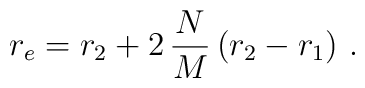
r_e = r_2 + 2\,\frac{N}{M}\left(r_2-r_1\right) \,.